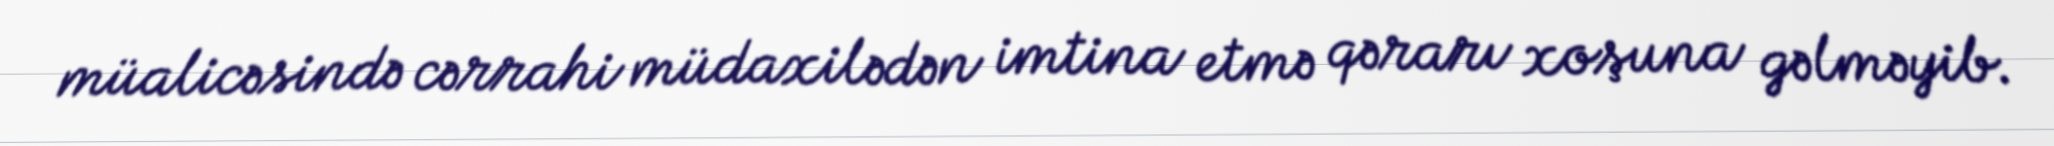
müalicəsində cərrahi müdaxilədən imtina etmə qərarı xoşuna gəlməyib.